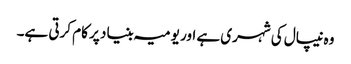
وہ نیپال کی شہری ہے اور یومیہ بنیاد پر کام کرتی ہے۔